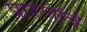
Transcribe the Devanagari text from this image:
प्रारणांचे